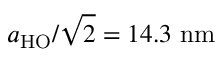
a _ { \mathrm { { H O } } } / \sqrt { 2 } = 1 4 . 3 ~ \mathrm { { n m } }